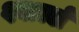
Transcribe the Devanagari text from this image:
श्वार्त्स